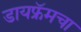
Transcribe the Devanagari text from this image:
डायफ्रॅमचा